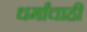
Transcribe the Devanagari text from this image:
धर्मांचाही